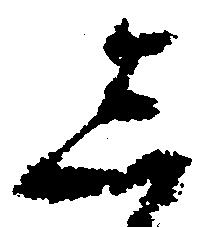
し